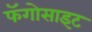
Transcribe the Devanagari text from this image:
फॅगोसाइट